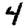
Digit: 4